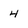
Character: 4